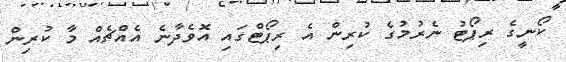
ކޯނީގެ ރިޕޯޓު ނެރުމުގެ ކުރިން އެ ރިޕޯޓްގައި އޮވެދާނެ އެއްޗެއް މާ ކުރިން